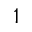
\boldsymbol { \mathrm { 1 } }